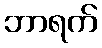
ဘာရက်